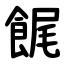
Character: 䬿